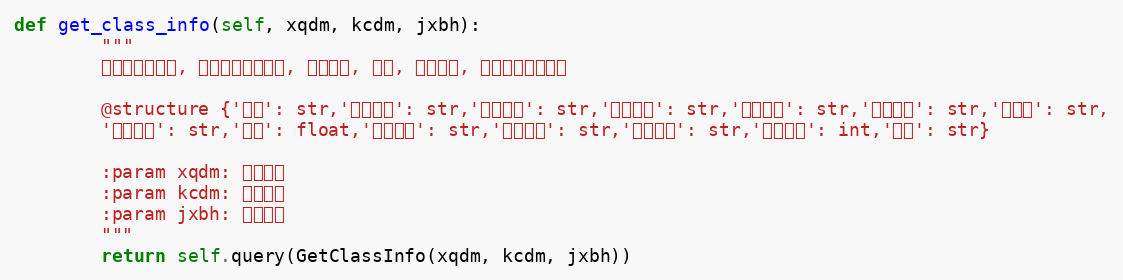
Language: Python
def get_class_info(self, xqdm, kcdm, jxbh):
        """
        获取教学班详情, 包括上课时间地点, 考查方式, 老师, 选中人数, 课程容量等等信息

        @structure {'校区': str,'开课单位': str,'考核类型': str,'课程类型': str,'课程名称': str,'教学班号': str,'起止周': str,
        '时间地点': str,'学分': float,'性别限制': str,'优选范围': str,'禁选范围': str,'选中人数': int,'备注': str}

        :param xqdm: 学期代码
        :param kcdm: 课程代码
        :param jxbh: 教学班号
        """
        return self.query(GetClassInfo(xqdm, kcdm, jxbh))